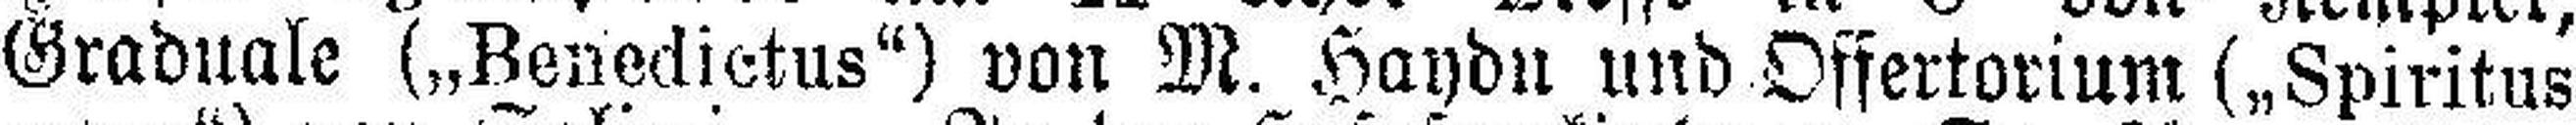
Graduale („Benedictus") von M. Haydn und Offertorium („Spiritus